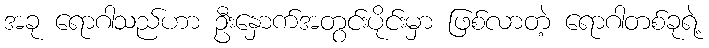
အခု ရောဂါသည်ဟာ ဦးနှောက်အတွင်းပိုင်းမှာ ဖြစ်လာတဲ့ ရောဂါတစ်ခုရဲ့